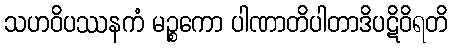
သဟဝိပဿနကံ မဉ္စကော ပါဏာတိပါတာဒိပဋိဝိရတိ